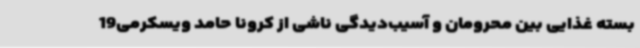
بسته غذایی بین محرومان و آسیب‌دیدگی ناشی از کرونا حامد ویسکرمی19